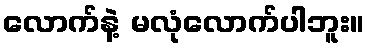
လောက်နဲ့ မလုံလောက်ပါဘူး။